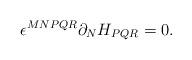
LaTeX: \begin{align*}\epsilon^{MNPQR}\partial_{N}H_{PQR} = 0 .\end{align*}